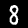
Label: 8